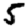
Digit: 5